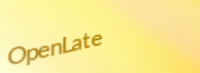
OpenLate